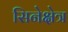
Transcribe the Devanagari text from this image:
सिनेक्षेत्र